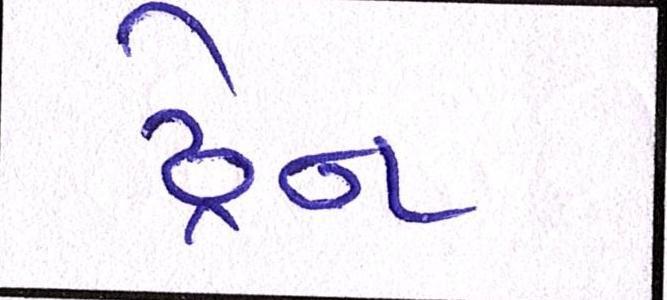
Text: ડ્રેન